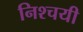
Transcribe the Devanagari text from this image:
निश्‍चयी